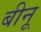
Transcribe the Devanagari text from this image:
बीनू